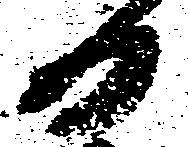
日